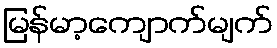
မြန်မာ့ကျောက်မျက်